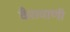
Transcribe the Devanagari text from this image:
वैशवाणी